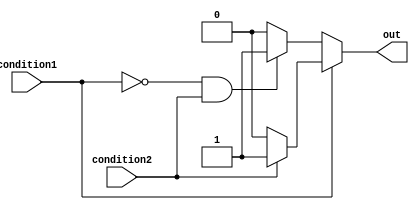
module multiple_if_else (
    input wire condition1,
    input wire condition2,
    output reg out
);

always @* begin
    if (condition1) begin
        if (condition2) begin
            out <= 1;
        end else begin
            out <= 0;
        end
    end else if (!condition1 && condition2) begin
        out <= 1;
    end else begin
        out <= 0;
    end
end

endmodule